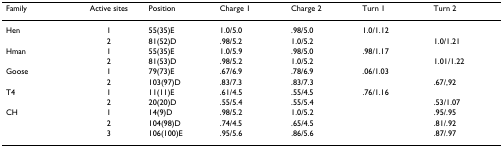
| Family | Active sites | Position | Charge 1 | Charge 2 | Turn 1 | Turn 2 |
 | --- | --- | --- | --- | --- | --- | --- |
 | Hen | 1 | 55(35)E | 1.0/5.0 | .98/5.0 | 1.0/1.12 |  |
 |  | 2 | 81(52)D | .98/5.2 | 1.0/5.2 |  | 1.0/1.21 |
 | Hman | 1 | 55(35)E | 1.0/5.9 | .98/5.0 | .98/1.17 |  |
 |  | 2 | 81(53)D | .98/5.2 | 1.0/5.2 |  | 1.01/1.22 |
 | Goose | 1 | 79(73)E | .67/6.9 | .78/6.9 | .06/1.03 |  |
 |  | 2 | 103(97)D | .83/7.3 | .83/7.3 |  | .67/,92 |
 | T4 | 1 | 11(11)E | .61/4.5 | .55/4.5 | .76/1.16 |  |
 |  | 2 | 20(20)D | .55/5.4 | .55/5.4 |  | .53/1.07 |
 | CH | 1 | 14(9)D | .98/5.2 | 1.0/5.2 |  | .95/.95 |
 |  | 2 | 104(98)D | .74/4.5 | .65/4.5 |  | .81/.92 |
 |  | 3 | 106(100)E | .95/5.6 | .86/5.6 |  | .87/.97 |